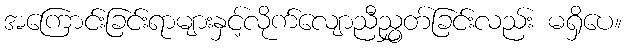
အကြောင်းခြင်းရာများနှင့်လိုက်လျောညီညွှတ်ခြင်းလည်း မရှိပေ။